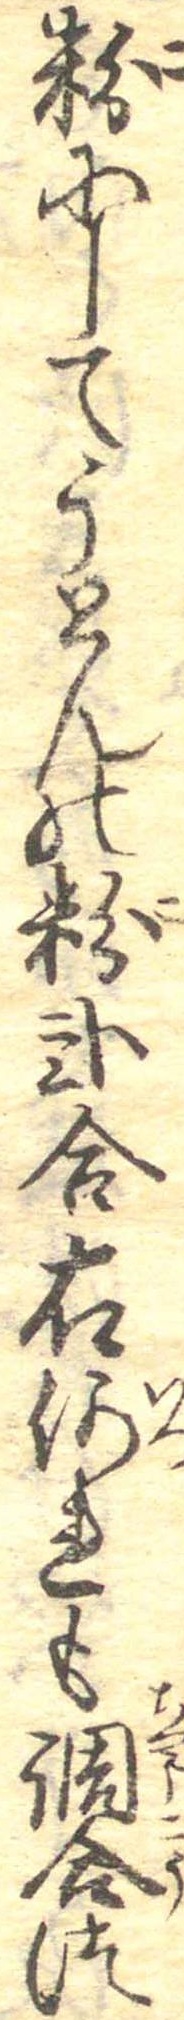
粉にしてうとんの粉弐合右何れも調合つ